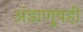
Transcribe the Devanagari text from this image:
अंडाणुयहीं